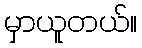
မှာယူတယ်။